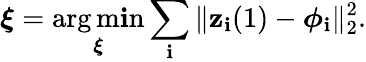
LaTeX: \boldsymbol{\xi}=\mathop{\arg\operatorname*{m\mathbf{i}n}}_{\boldsymbol{\xi}}\sum_{\mathbf{i}}\Vert\mathbf{{z}}_{\mathbf{i}}(1)-\boldsymbol{\phi}_{\mathbf{i}}\Vert_{2}^{2}.